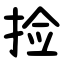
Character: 捡